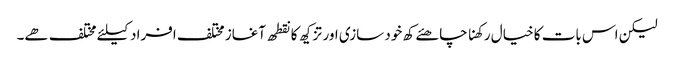
لیکن اس بات کا خیال رکھنا چاھئے کھ خود سازی اور تزکیھ کا نقطھ آغاز مختلف افراد کیلئے مختلف ھے۔